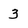
Character: 3